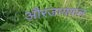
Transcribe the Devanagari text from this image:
औरजायफल